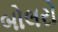
બોલરો